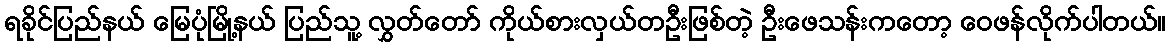
ရခိုင်ပြည်နယ် မြေပုံမြို့နယ် ပြည်သူ့ လွှတ်တော် ကိုယ်စားလှယ်တဦးဖြစ်တဲ့ ဦးဖေသန်းကတော့ ဝေဖန်လိုက်ပါတယ်။